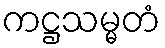
ကဋ္ဌသမ္မတံ